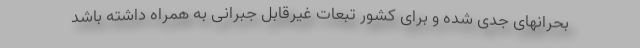
بحرانهای جدی شده و برای کشور تبعات غیرقابل جبرانی به همراه داشته باشد